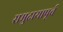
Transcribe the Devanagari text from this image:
समुदायापूर्व